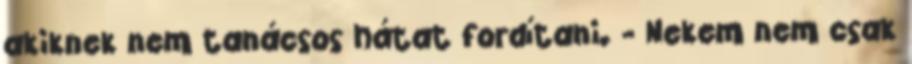
akiknek nem tanácsos hátat fordítani. - Nekem nem csak